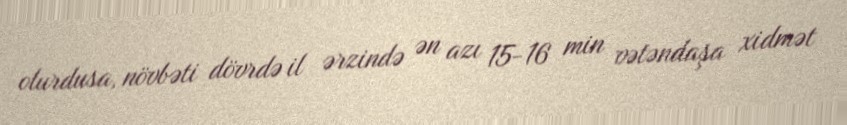
olurdusa, növbəti dövrdə il ərzində ən azı 15-16 min vətəndaşa xidmət